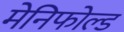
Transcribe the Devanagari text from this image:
मेनिफोल्ड